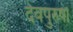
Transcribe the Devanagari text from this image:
देवपुरुषों